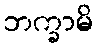
ဘက္ခာမိ